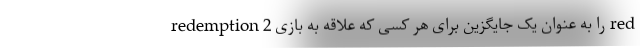
redemption 2 را به عنوان یک جایگزین برای هر کسی که علاقه به بازی red